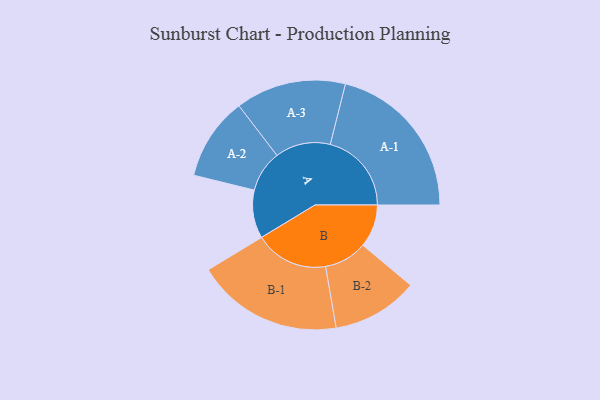
{"axis": {"x": "Segment", "y": "Value"}, "legend": ["", "A", "B"], "data": [{"x": "A", "y": 178, "type": ""}, {"x": "B", "y": 158, "type": ""}, {"x": "A-1", "y": 300, "type": "A"}, {"x": "A-2", "y": 153, "type": "A"}, {"x": "A-3", "y": 204, "type": "A"}, {"x": "B-1", "y": 271, "type": "B"}, {"x": "B-2", "y": 159, "type": "B"}]}